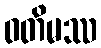
ဝတိမဿ